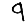
Digit: 9